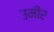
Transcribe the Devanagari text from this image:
उमीर